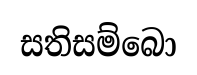
සතිසම්බො